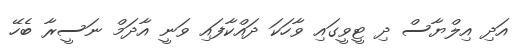
އަދި އިލްޔާސް ދި ޓީވީގައި ވާހަކަ ދައްކާފައި ވަނީ އާދަމް ނަސީރާ ބެހޭ